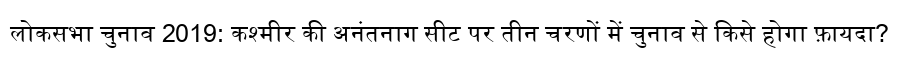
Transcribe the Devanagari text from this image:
लोकसभा चुनाव 2019: कश्मीर की अनंतनाग सीट पर तीन चरणों में चुनाव से किसे होगा फ़ायदा?